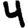
Digit: 4